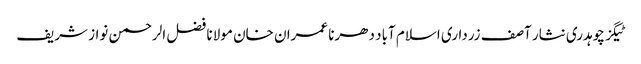
ٹیگز چوہدری نثار آصف زرداری اسلام آباد دھرنا عمران خان مولانا فضل الرحمن نواز شریف